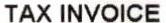
TAX INVOICE